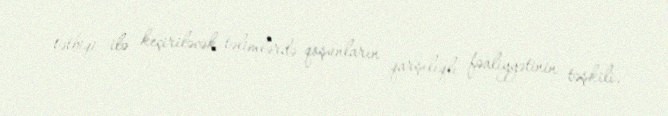
tətbiqi ilə keçiriləcək təlimlərdə qoşunların qarşılıqlı fəaliyyətinin təşkili,